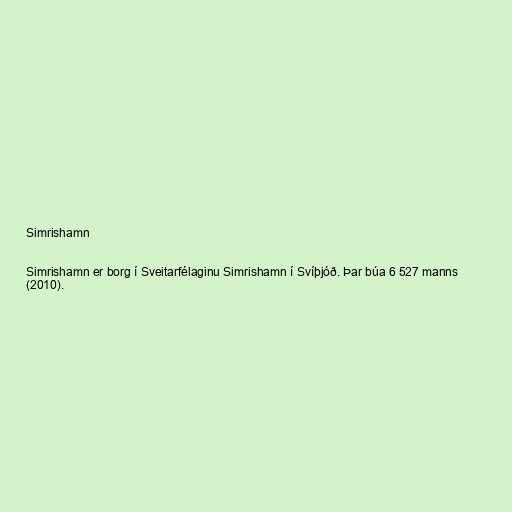
Simrishamn

Simrishamn er borg í Sveitarfélaginu Simrishamn í Svíþjóð. Þar búa 6 527 manns
(2010).